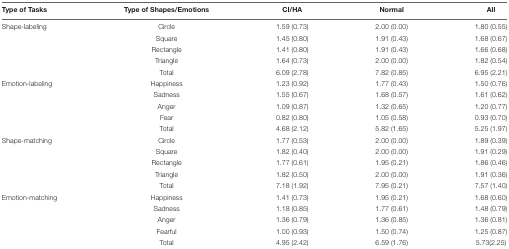
<table><thead><tr><td><b>Type of Tasks</b></td><td><b>Type of Shapes/Emotions</b></td><td><b>CI/HA</b></td><td><b>Normal</b></td><td><b>All</b></td></tr></thead><tbody><tr><td>Shape-labeling</td><td>Circle</td><td>1.59 (0.73)</td><td>2.00 (0.00)</td><td>1.80 (0.55)</td></tr><tr><td></td><td>Square</td><td>1.45 (0.80)</td><td>1.91 (0.43)</td><td>1.68 (0.67)</td></tr><tr><td></td><td>Rectangle</td><td>1.41 (0.80)</td><td>1.91 (0.43)</td><td>1.66 (0.68)</td></tr><tr><td></td><td>Triangle</td><td>1.64 (0.73)</td><td>2.00 (0.00)</td><td>1.82 (0.54)</td></tr><tr><td></td><td>Total</td><td>6.09 (2.78)</td><td>7.82 (0.85)</td><td>6.95 (2.21)</td></tr><tr><td>Emotion-labeling</td><td>Happiness</td><td>1.23 (0.92)</td><td>1.77 (0.43)</td><td>1.50 (0.76)</td></tr><tr><td></td><td>Sadness</td><td>1.55 (0.67)</td><td>1.68 (0.57)</td><td>1.61 (0.62)</td></tr><tr><td></td><td>Anger</td><td>1.09 (0.87)</td><td>1.32 (0.65)</td><td>1.20 (0.77)</td></tr><tr><td></td><td>Fear</td><td>0.82 (0.80)</td><td>1.05 (0.58)</td><td>0.93 (0.70)</td></tr><tr><td></td><td>Total</td><td>4.68 (2.12)</td><td>5.82 (1.65)</td><td>5.25 (1.97)</td></tr><tr><td>Shape-matching</td><td>Circle</td><td>1.77 (0.53)</td><td>2.00 (0.00)</td><td>1.89 (0.39)</td></tr><tr><td></td><td>Square</td><td>1.82 (0.40)</td><td>2.00 (0.00)</td><td>1.91 (0.29)</td></tr><tr><td></td><td>Rectangle</td><td>1.77 (0.61)</td><td>1.95 (0.21)</td><td>1.86 (0.46)</td></tr><tr><td></td><td>Triangle</td><td>1.82 (0.50)</td><td>2.00 (0.00)</td><td>1.91 (0.36)</td></tr><tr><td></td><td>Total</td><td>7.18 (1.92)</td><td>7.95 (0.21)</td><td>7.57 (1.40)</td></tr><tr><td>Emotion-matching</td><td>Happiness</td><td>1.41 (0.73)</td><td>1.95 (0.21)</td><td>1.68 (0.60)</td></tr><tr><td></td><td>Sadness</td><td>1.18 (0.85)</td><td>1.77 (0.61)</td><td>1.48 (0.79)</td></tr><tr><td></td><td>Anger</td><td>1.36 (0.79)</td><td>1.36 (0.85)</td><td>1.36 (0.81)</td></tr><tr><td></td><td>Fearful</td><td>1.00 (0.93)</td><td>1.50 (0.74)</td><td>1.25 (0.87)</td></tr><tr><td></td><td>Total</td><td>4.95 (2.42)</td><td>6.59 (1.76)</td><td>5.73(2.25)</td></tr></tbody></table>